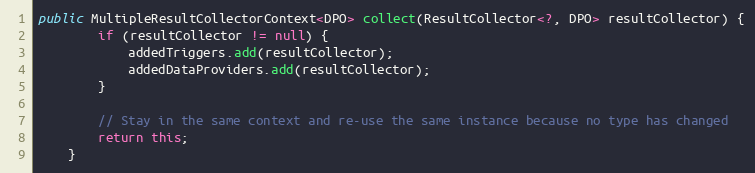
Language: Java
public MultipleResultCollectorContext<DPO> collect(ResultCollector<?, DPO> resultCollector) {
        if (resultCollector != null) {
            addedTriggers.add(resultCollector);
            addedDataProviders.add(resultCollector);
        }

        // Stay in the same context and re-use the same instance because no type has changed
        return this;
    }